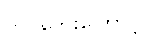
ကပ်ဘေးကြောင့်